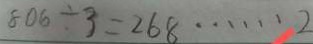
8 0 6 \div 3 = 2 6 8 \cdots 2